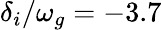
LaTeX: \delta_{i}/\omega_{g}=-3.7